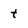
Character: t